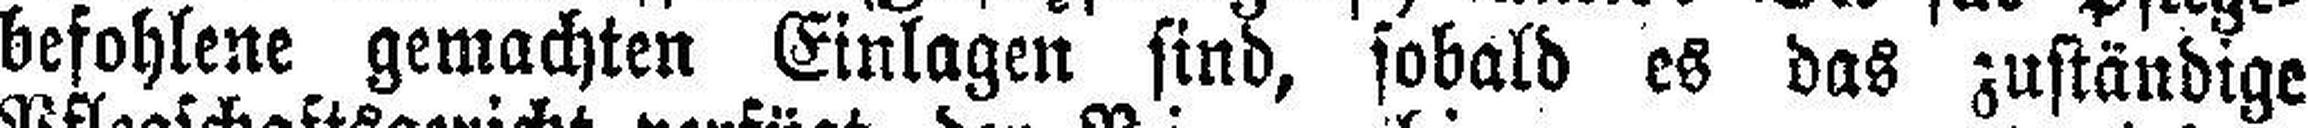
befohlene gemachten Einlagen sind, sobald es das zuständige